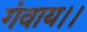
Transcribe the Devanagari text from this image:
गंवाय।।